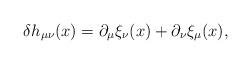
LaTeX: \begin{align*}\delta h_{\mu \nu }(x)=\partial _\mu \xi _\nu (x)+\partial _\nu \xi _\mu (x),\end{align*}